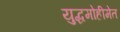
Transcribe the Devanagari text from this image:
युद्धमोहीमेत